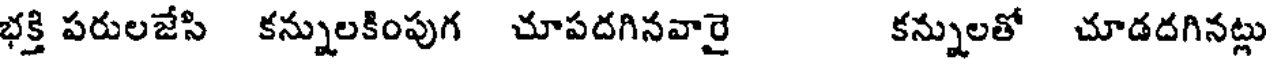
భక్తి పరులజేసి కన్నులకింపుగ చూపదగినవారై కన్నులతో చూడదగినట్లు